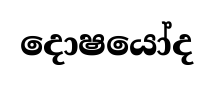
දොෂයෝද